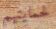
لحمايتهم